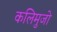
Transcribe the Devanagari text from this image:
कलिमुजो